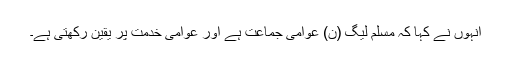
انہوں نے کہا کہ مسلم لیگ (ن) عوامی جماعت ہے اور عوامی خدمت پر یقین رکھتی ہے۔